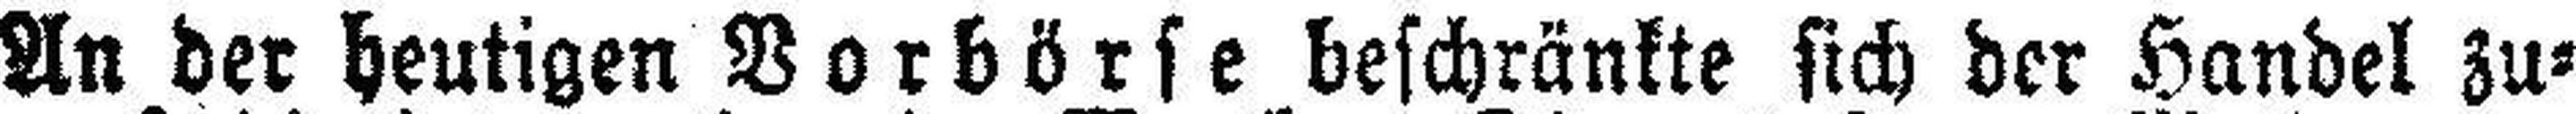
An der heutigen Vorbörse beschränkte sich der Handel zu¬